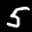
Label: 5